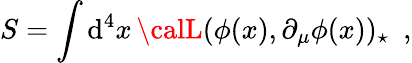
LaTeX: S=\int\mathrm{d}^{4}x\, {\calL}(\phi(x),\partial_{\mu}\phi(x))_{\star}\, \, \, ,